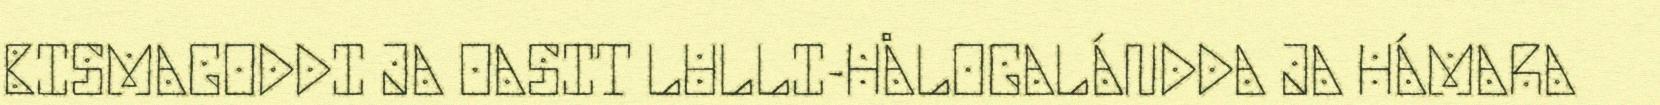
BISMAGODDI JA OASIT LULLI-HÅLOGALÁNDDA JA HÁMARA